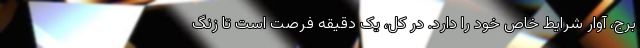
برج، آوار شرایط خاص خود را دارد. در کل، یک دقیقه فرصت است تا زنگ